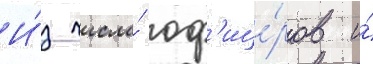
И́з числа́ оф'ице́ров и́